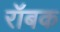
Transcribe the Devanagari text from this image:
रॉबक